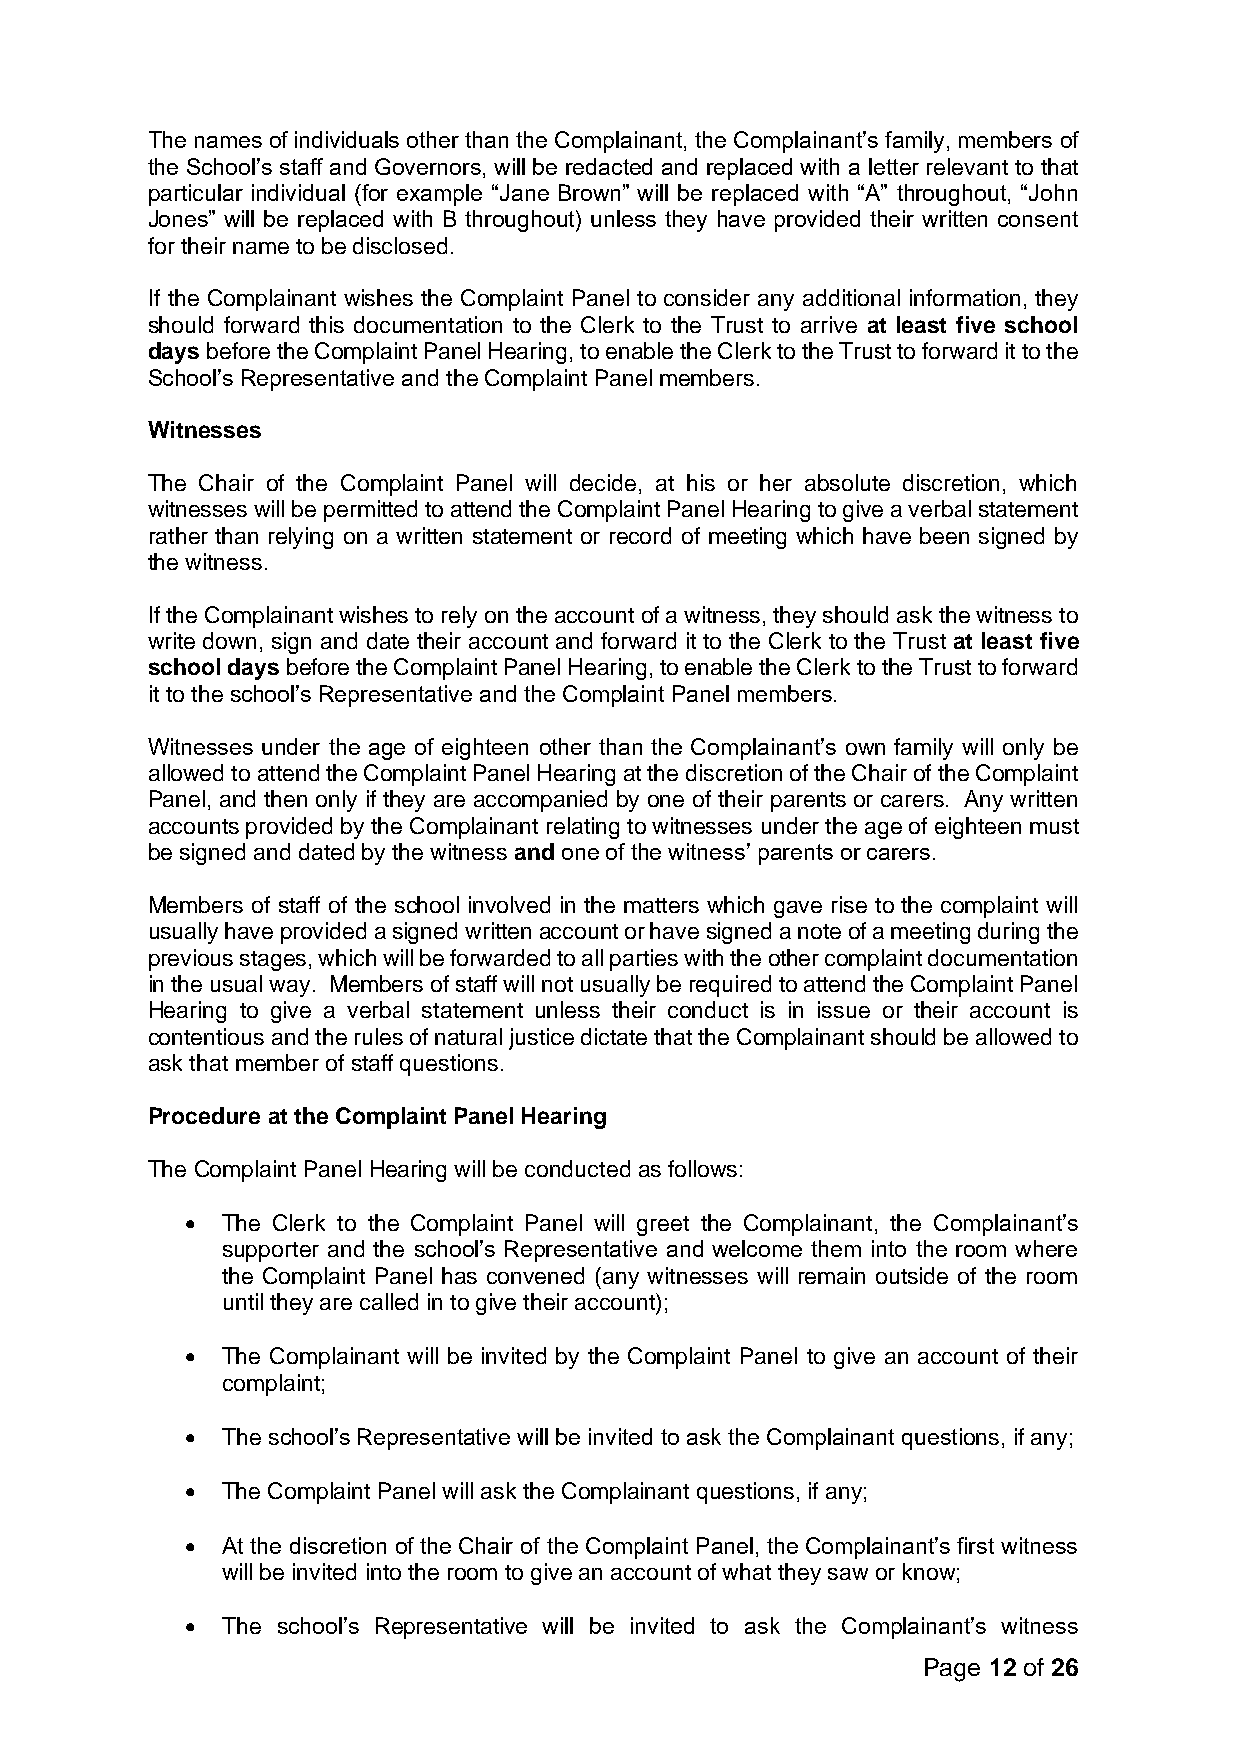
The names of individuals other than the Complainant, the Complainant’s family, members of
 the School’s staff and Governors, will be redacted and replaced with a letter relevant to that
 particular individual (for example “Jane Brown” will be replaced with “A” throughout, “John
 Jones” will be replaced with B throughout) unless they have provided their written consent
 for their name to be disclosed.
 If the Complainant wishes the Complaint Panel to consider any additional information, they
 should forward this documentation to the Clerk to the Trust to arrive at least five school
 days before the Complaint Panel Hearing, to enable the Clerk to the Trust to forward it to the
 School’s Representative and the Complaint Panel members.
 Witnesses
 The Chair of the Complaint Panel will decide, at his or her absolute discretion, which
 witnesses will be permitted to attend the Complaint Panel Hearing to give a verbal statement
 rather than relying on a written statement or record of meeting which have been signed by
 the witness.
 If the Complainant wishes to rely on the account of a witness, they should ask the witness to
 write down, sign and date their account and forward it to the Clerk to the Trust at least five
 school days before the Complaint Panel Hearing, to enable the Clerk to the Trust to forward
 it to the school’s Representative and the Complaint Panel members.
 Witnesses under the age of eighteen other than the Complainant’s own family will only be
 allowed to attend the Complaint Panel Hearing at the discretion of the Chair of the Complaint
 Panel, and then only if they are accompanied by one of their parents or carers. Any written
 accounts provided by the Complainant relating to witnesses under the age of eighteen must
 be signed and dated by the witness and one of the witness’ parents or carers.
 Members of staff of the school involved in the matters which gave rise to the complaint will
 usually have provided a signed written account or have signed a note of a meeting during the
 previous stages, which will be forwarded to all parties with the other complaint documentation
 in the usual way. Members of staff will not usually be required to attend the Complaint Panel
 Hearing to give a verbal statement unless their conduct is in issue or their account is
 contentious and the rules of natural justice dictate that the Complainant should be allowed to
 ask that member of staff questions.
 Procedure at the Complaint Panel Hearing
 The Complaint Panel Hearing will be conducted as follows:
 •  The Clerk to the Complaint Panel will greet the Complainant, the Complainant’s
 supporter and the school’s Representative and welcome them into the room where
 the Complaint Panel has convened (any witnesses will remain outside of the room
 until they are called in to give their account);
 •  The Complainant will be invited by the Complaint Panel to give an account of their
 complaint;
 •  The school’s Representative will be invited to ask the Complainant questions, if any;
 •  The Complaint Panel will ask the Complainant questions, if any;
 •  At the discretion of the Chair of the Complaint Panel, the Complainant’s first witness
 will be invited into the room to give an account of what they saw or know;
 •  The school’s Representative will be invited to ask the Complainant’s witness
 Page 12 of 26